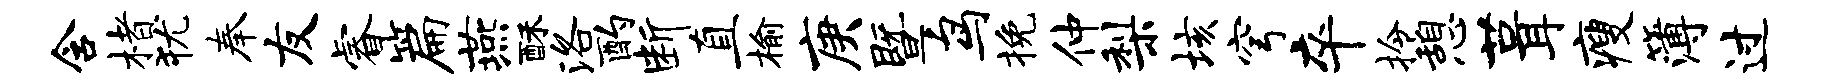
含楮犹奉友睿篇燕酥洛酌断直榆庚暨鸟挽仲梨垓穹卒拎憩葺瘦簿过